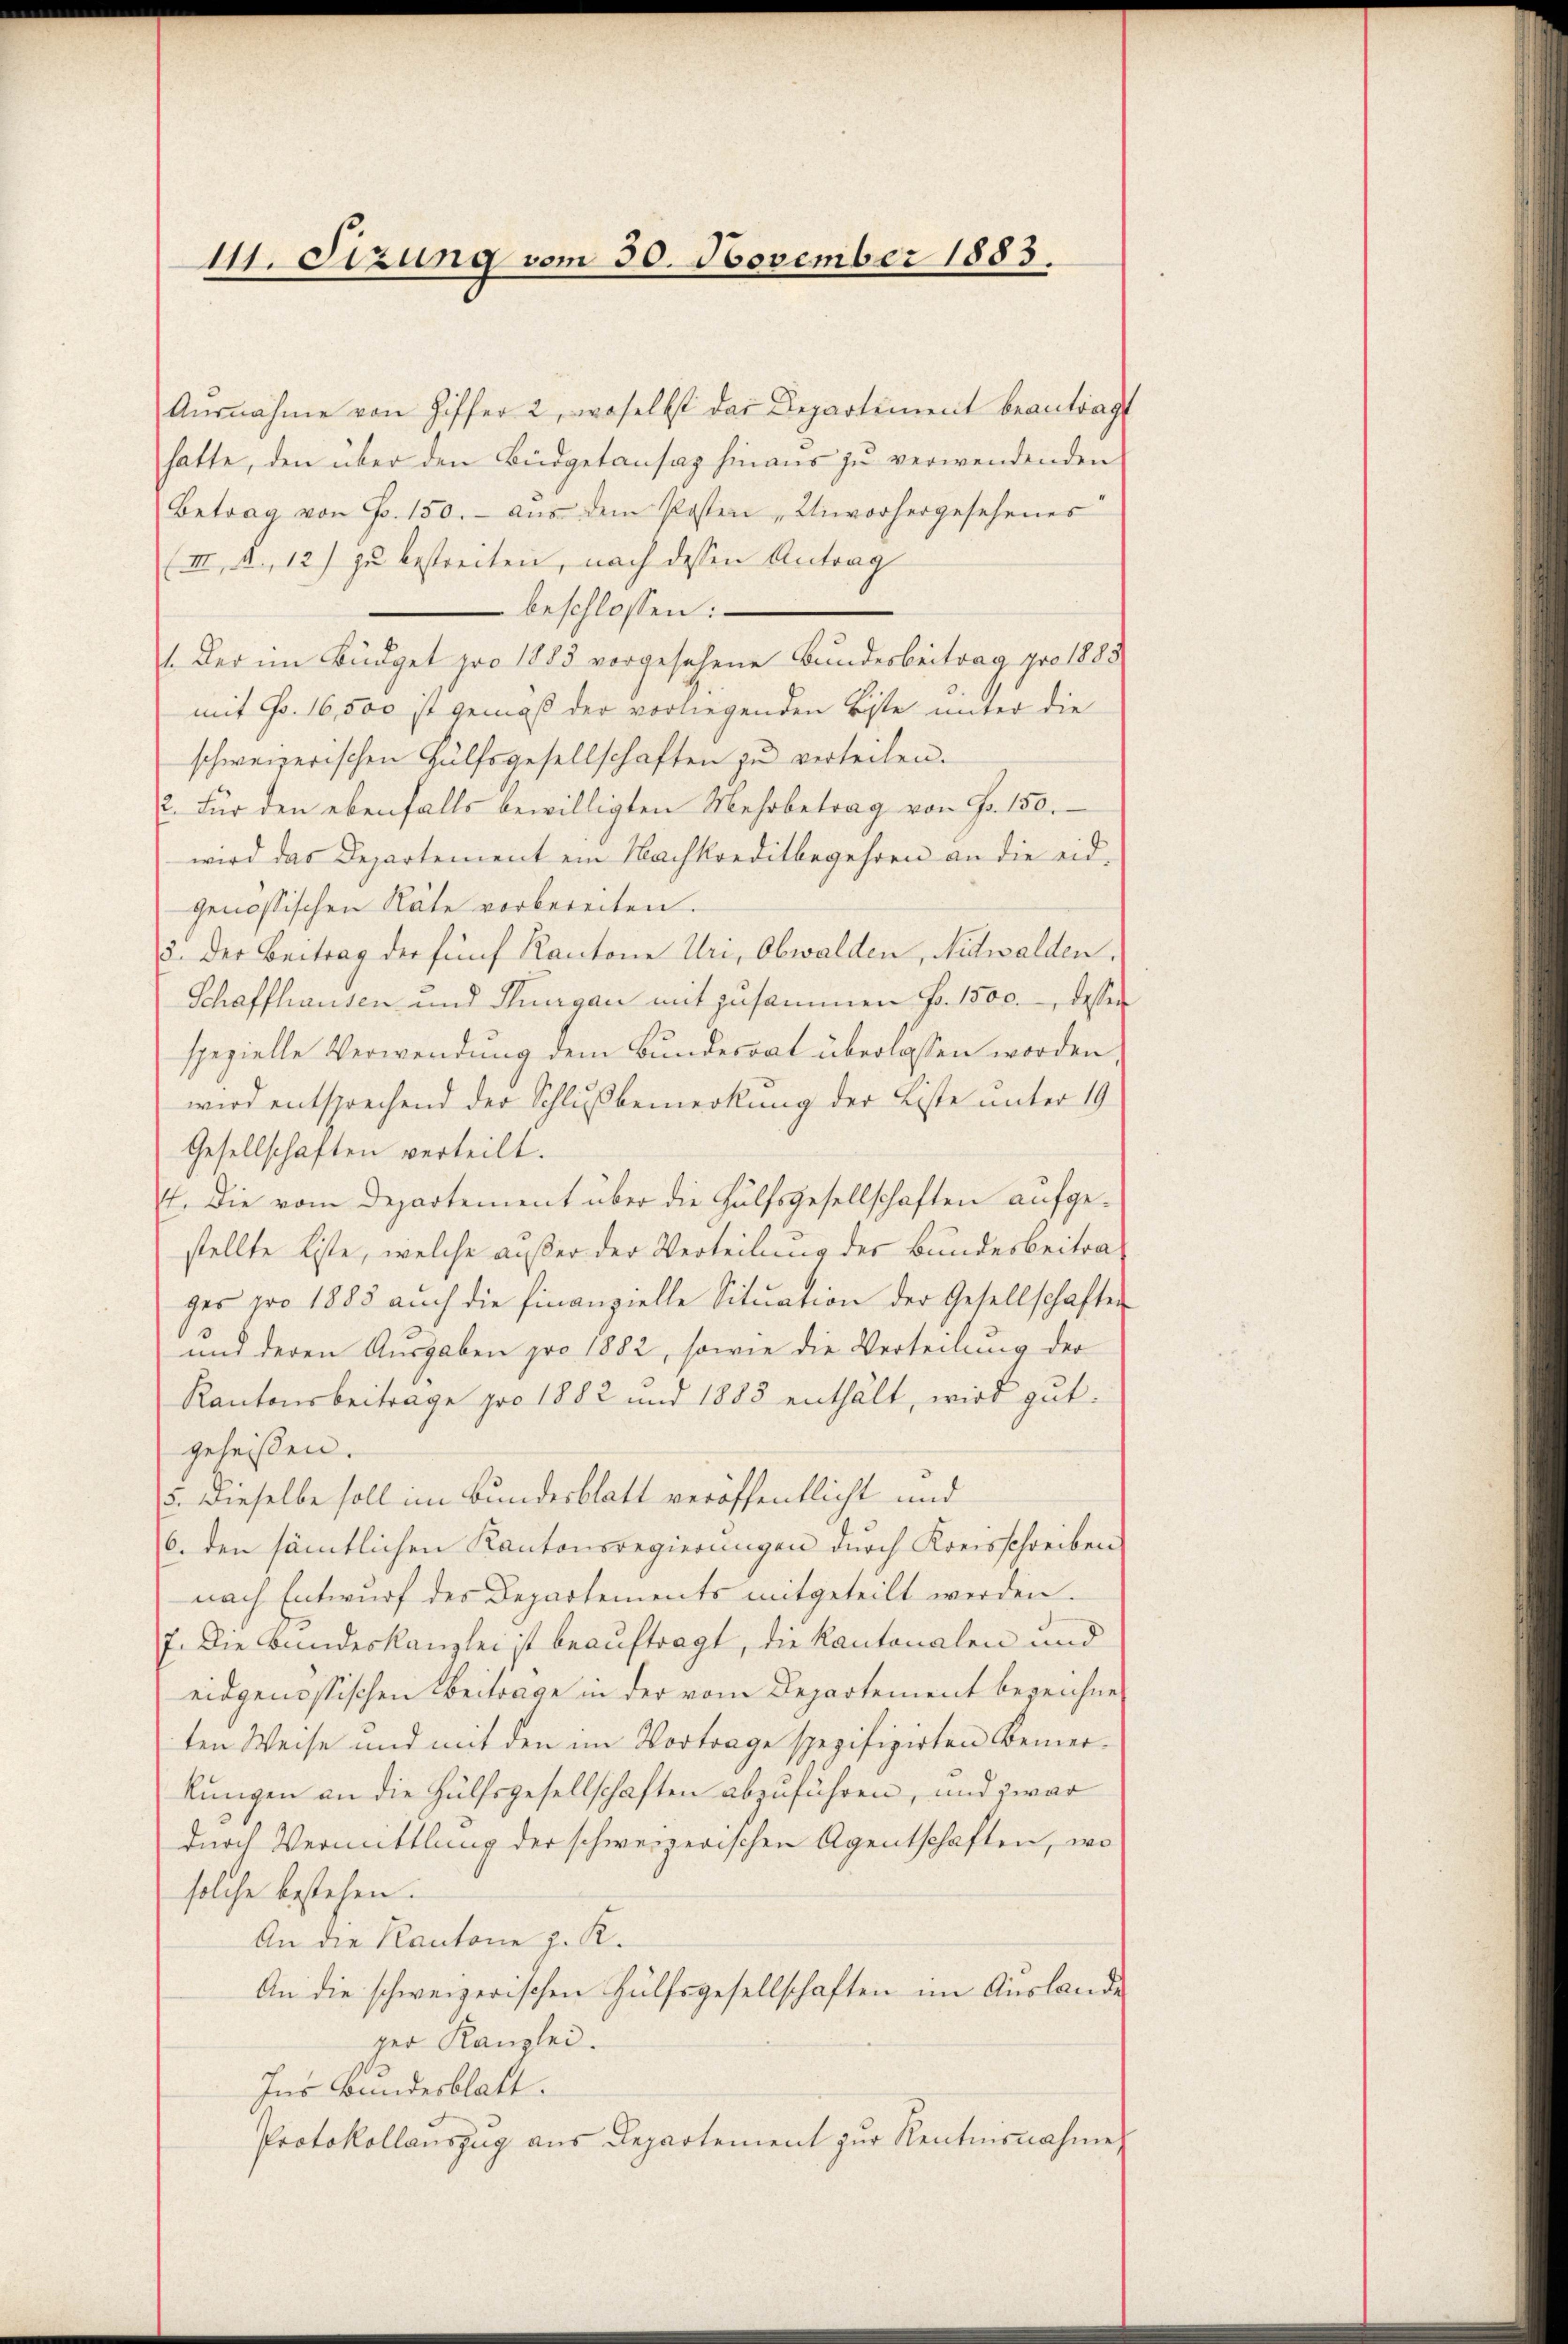
111. Sizung vom 30. November 1883.

Aŭsnahme von Ziffer 2, woselbst das Departement beantrag
hatte, den über den Büdgetansag hinaus zu verwendenden
Betrag von Fr. 150.- aŭs dem Posten „Unvorhergesehenes
(III. A., 12) zu bestreiten, nach dessen Antrag
beschlossen:
1. Der im Büdget pro 1883 vorgesehene Bundesbeitrag pro 1885
mit Fr. 16,500 ist gemäß der vorliegenden Biste unter die
schweizerischen Hülfsgesellschaften zu verteilen.
2. Für den ebenfalls bewilligten Mehrbetrag von Fr. 150.
wird das Departement ein Nachkreditbegehren an die eid-
genössischen Räte vorbereiten.
3. Der Beitrag der fünf Kantone Uri, Obwalden, Nidwalden,
Schaffhausen und Thurgau mit zusammen Fr. 1500. desser
spezielle Verwendung dem Bundesrat überlassen worden,
wird entsprechend der Schlußbemerkung der Liste unter 19
Gesellschaften verteilt.
E. Die vom Departement über die Hülfsgesellschaften aufgestellte Liste, welche außer der Verteilung der Bundesbeitrages pro 1883 auch die finanzielle Sitŭation der Gesellschaften
und deren Ausgaben pro 1882, sowie die Verteilung der
Kantonsbeitrage pro 1882 und 1883 enthält, wird gut.
geheißen.
5. Dieselbe soll im Bundesblatt veröffentlicht und
6. den sämtlichen Kantonsregierungen durch Kreisschreiben
nach Entwurf der Departements mitgeteilt werden.
7. Die Bundeskanzlei ist beauftragt, die Kantonalen und
eidgenössischen Beitrage in der vom Departement bezeichne
ten Weise und mit den im Vortrage spezifizirten Bemerkungen an die Hülfsgesellschaften abzuführen, und zwar
durch Vermittlung der schweizerischen Agentschaften, wo
solche bestehen.
An die Kantone z. R.
An die schweizerischen Hülfsgesellschaften im Auslande
ger Kanzlei.
Ins Bundesblatt.
Protokollauszug aus Departement zur Rentensnahme